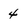
Character: 4